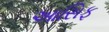
આસિફ